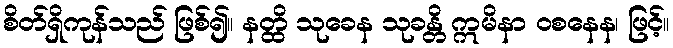
စိတ်ရှိကုန်သည် ဖြစ်၍။ နတ္ထိ သုခေန သုခန္တိ ဣမိနာ ဝစနေန၊ ဖြင့်။